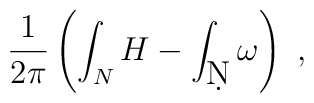
\frac{1}{2\pi}\left(\int_N H - \int_{\d N} \omega\right)~,